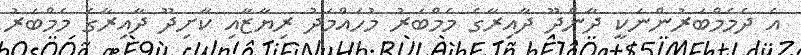
އެ ދެމެމްބަރުންނަކީ ދާންދޫ ދާއިރާގެ މެމްބަރު މުހައްމަދު ރިޔާޒާއި ކާށިދޫ ދާއިރާގެ މެމްބަރު